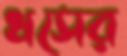
ধসের